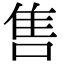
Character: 售